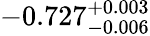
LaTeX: -0.727_{-0.006}^{+0.003}